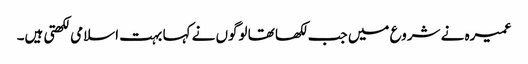
عمیرہ نے شروع میں جب لکھا تھا لوگوں نے کہا بہت اسلامی لکھتی ہیں۔